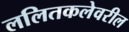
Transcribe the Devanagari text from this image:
ललितकलेवरील